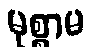
မုစ္စာမ